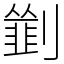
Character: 𠠃